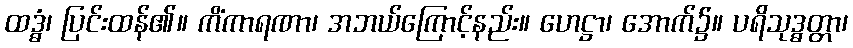
ထဒ္ဓံ၊ ပြင်းထန်၏။ ကိံကာရဏာ၊ အဘယ်ကြောင့်နည်း။ ဟေဋ္ဌာ၊ အောက်၌။ ပရိသုဒ္ဓတ္တာ၊